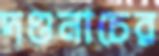
দণ্ডনাচের